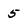
Character: 5